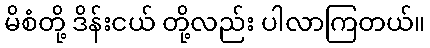
မိစံတို့ ဒိန်းငယ် တို့လည်း ပါလာကြတယ်။